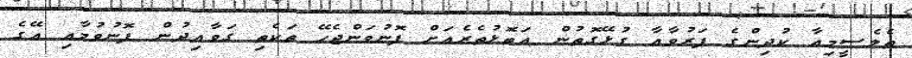
ތެލެސީމިއާ ކުދިންގެ ފަރުވާއާ ގުޅޭގޮތުން އަތޮޅުތެރެއަށް ފޮނުވަންޖެހޭ ތަކެތި ގަވާއިދުން ފޮނުވުމާއި އޭގެ